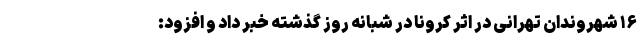
۱۶ شهروندان تهرانی در اثر کرونا در شبانه روز گذشته خبر داد و افزود: